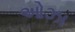
ઓઝા